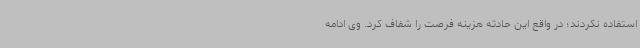
استفاده نکردند؛ در واقع این حادثه هزینه فرصت را شفاف کرد. وی ادامه